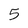
Character: 5